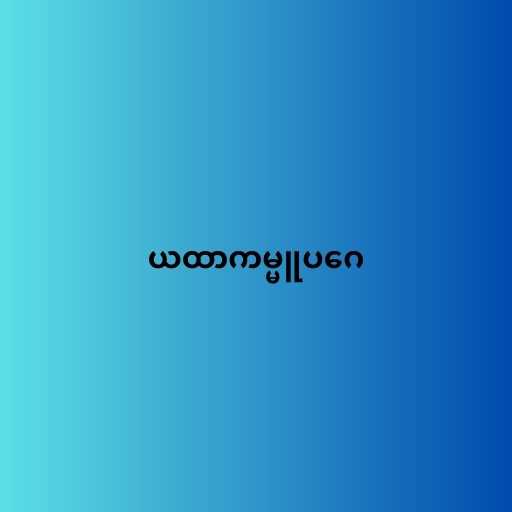
ယထာကမ္မူပဂေ